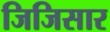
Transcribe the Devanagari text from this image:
जिजिसार